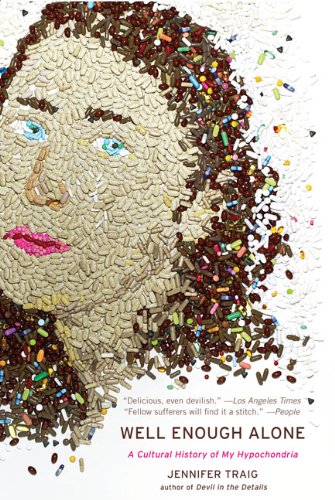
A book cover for Well Enough Alone: A Cultural History of My Hypochondria; Jennifer Traig; Humor & Entertainment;